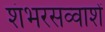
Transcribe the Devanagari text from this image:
शंभरसव्वाशें